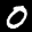
Label: 0